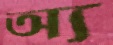
অ্য